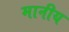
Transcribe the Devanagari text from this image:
मानीय